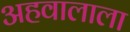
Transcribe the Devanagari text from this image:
अहवालाला